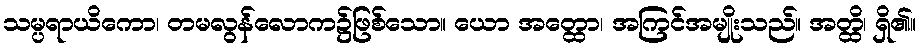
သမ္ပရာယိကော၊ တမလွန်လောက၌ဖြစ်သော။ ယော အတ္ထော၊ အကြင်အမျိုးသည်။ အတ္ထိ၊ ရှိ၏။